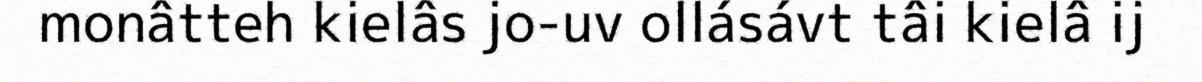
monâtteh kielâs jo-uv ollásávt tâi kielâ ij